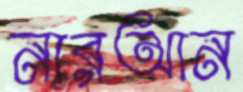
নারআন